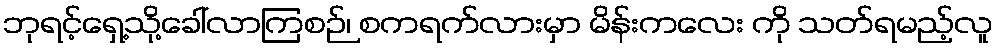
ဘုရင့်ရှေ့သို့ခေါ်လာကြစဉ်၊ စကရက်လားမှာ မိန်းကလေး ကို သတ်ရမည့်လူ